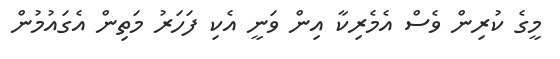
މީގެ ކުރިން ވެސް އެމެރިކާ އިން ވަނީ އެކި ފަހަރު މަތިން އެގައުމުން